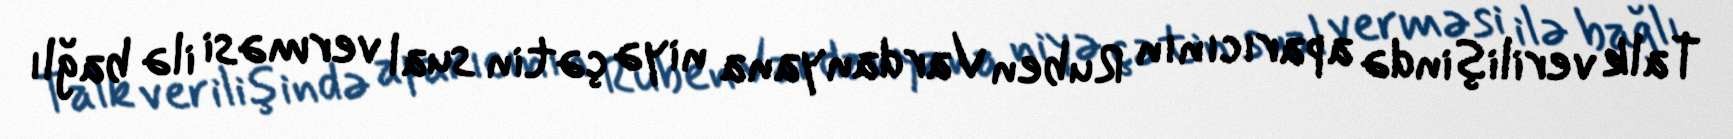
Talk verilişində aparıcının Ruben Vardanyana niyə çətin sual verməsi ilə bağlı